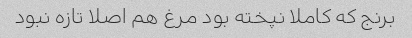
برنج که کاملا نپخته بود مرغ هم اصلا تازه نبود